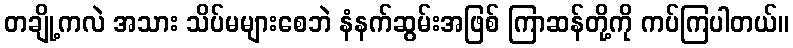
တချို့ကလဲ အသား သိပ်မများစေဘဲ နံနက်ဆွမ်းအဖြစ် ကြာဆန်တို့ကို ကပ်ကြပါတယ်။